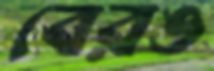
বেরঙ